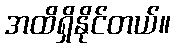
အထိရှိနိုင်တယ်။